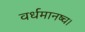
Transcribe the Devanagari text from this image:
वर्धमानष्च।